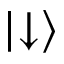
| { \downarrow } \rangle